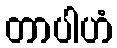
တာပါဟံ